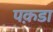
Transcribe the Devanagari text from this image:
पक़डा